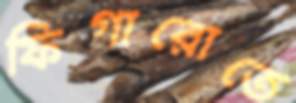
ফিগারোতে